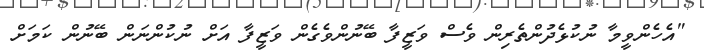
"އެހެންވީމާ ނުކުޅެދުންތެރިން ވެސް ވަޒީފާ ބޭނުންވެގެން ވަޒީފާ އަށް ނުކުންނަން ބޭނުން ކަމަށް